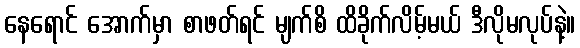
နေရောင် အောက်မှာ စာဖတ်ရင် မျက်စိ ထိခိုက်လိမ့်မယ် ဒီလိုမလုပ်နဲ့။